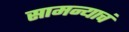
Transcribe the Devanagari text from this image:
सामन्याचं